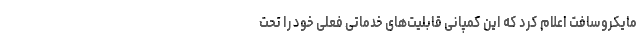
مایکروسافت اعلام کرد که این کمپانی قابلیت‌های خدماتی فعلی خود را تحت